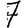
Digit: 7